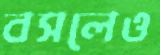
বসলেও